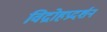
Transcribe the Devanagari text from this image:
विद्रोहप्रदर्शन